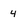
Character: 4